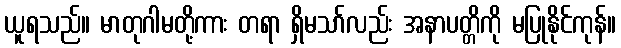
ယူရသည်။ မာတုဂါမတို့ကား တရာ ရှိမသာ်လည်း အနာပတ္တိကို မပြုနိုင်ကုန်။